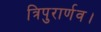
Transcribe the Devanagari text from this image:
त्रिपुरार्णव।